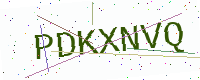
Text: PDKXNVQ